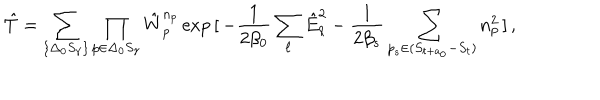
\hat { T } = \sum _ { \{ \Delta _ { 0 } S _ { \gamma } \} } \prod _ { p \in \Delta _ { 0 } S _ { \gamma } } \hat { W } _ { p } ^ { n _ { p } } \exp { [ \, - \frac { 1 } { 2 \beta _ { 0 } } \sum _ { \ell } \hat { E } _ { \ell } ^ { 2 } - \frac { 1 } { 2 \beta _ { s } } \sum _ { p _ { s } \in ( S _ { t + a _ { 0 } } - S _ { t } ) } n _ { p } ^ { 2 } \, ] \, } ,